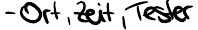
- Ort, Zeit, Tester